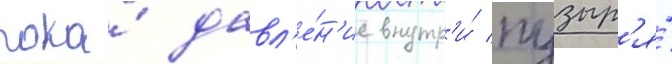
пока́ давл'е́н'ие внутр'и́ пузыр'я́